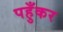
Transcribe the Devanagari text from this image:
पहुँकर